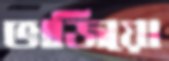
ভাজিয়ো